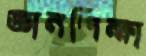
জ্ঞানশিক্ষা